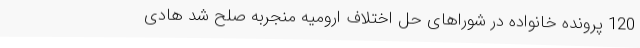
120 پرونده خانواده در شوراهای حل اختلاف ارومیه منجربه صلح شد هادی